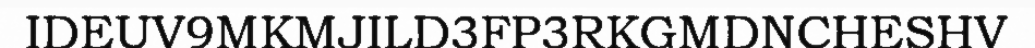
IDEUV9MKMJILD3FP3RKGMDNCHESHV